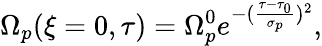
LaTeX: \Omega_{p}(\xi=0,\tau)=\Omega_{p}^{0}e^{-(\frac{\tau-\tau_{0}}{\sigma_{p}})^{2}},